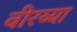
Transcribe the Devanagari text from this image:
वीरय्या